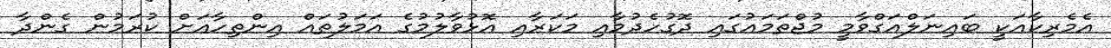
އެމެރިކާއަކީ ބައިނަލްއަގްވާމީ މުޖްތަމައުގައި ދޮގުހެދުމާއި މަކަރާއި އޮޅުވާލުމުގެ އަމަލުތައް އިންތިހާއަށް ކުރަމުން ގެންދާ